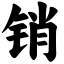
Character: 销